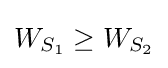
W_{S_{1}}\geq W_{S_{2}}